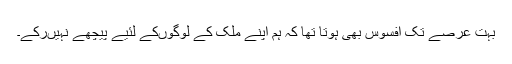
بہت عرصے تک افسوس بھی ہوتا تھا کہ ہم اپنے ملک کے لوگوں‌کے لئیے پیچھے نہیں‌رکے۔